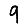
Digit: 9